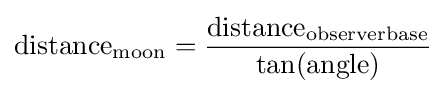
\mathrm {distance} _{\mathrm {moon} }={\frac {\mathrm {distance} _{\mathrm {observerbase} }}{\tan(\mathrm {angle} )}}